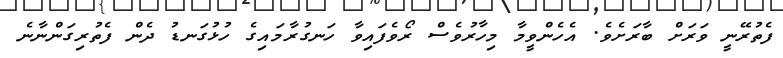
ފެތުރޭނީ ވަރަށް ބާރަށެެވެ. އެހެންވީމާ މިހާރުވެސް ރޯވެފައިވާ ހަނގުރާމައިގެ ހުޅުގަނޑު ދެން ފެތުރިގަންނާނެ